Scottish Leaving Certificate Examination, 1951
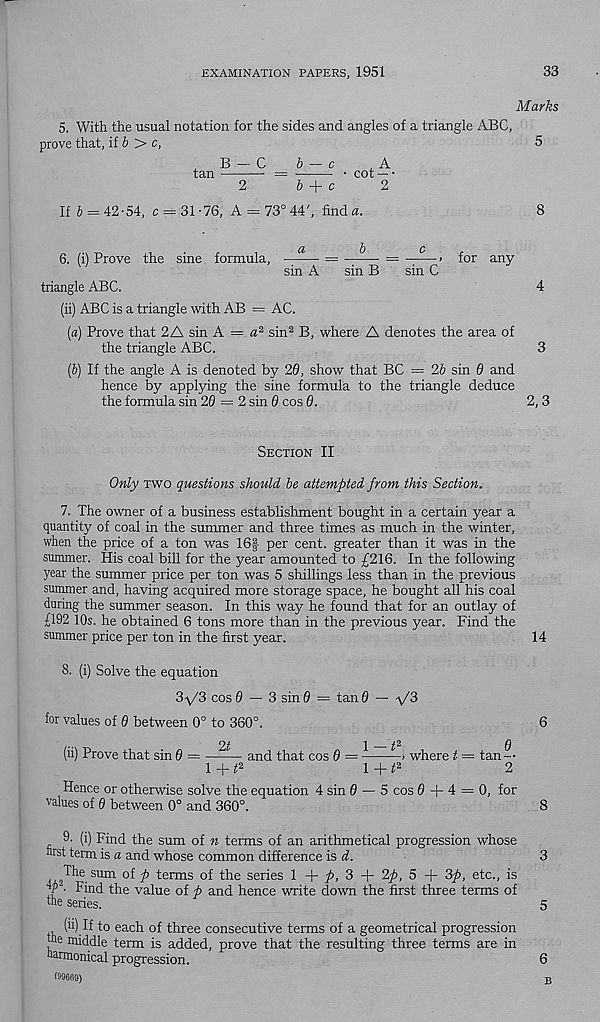
EXAMINATION PAPERS, 1951
33
Marks
5. With the usual notation for the sides and angles of a triangle ABC,
prove that, if 6 > c,
5
B - C
5 - c
A
tan
=
• cot — •
2
6
c
2
If J = 42-54, c =j= 31 -76, A = 73° 44', finda.
8
6. (i) Prove the sine formula, —-— = —-— = —— > for any
sin A
sin B
sin C
triangle ABC.
4
(ii) ABC is a triangle with AB = AC.
(a) Prove that 2A sin A = a 2 sin 2 B, where A denotes the area of
the triangle ABC.
3
(&) If the angle A is denoted by 20, show that BC = 2b sin 0 and
hence by applying the sine formula to the triangle deduce
the formula sin 20 = 2 sin 0 cos 0.
2, 3
Section II
Only two questions should be attempted from this Section.
7. The owner of a business establishment bought in a certain year a
quantity of coal in the summer and three times as much in the winter,
when the price of a ton was 16§ per cent, greater than it was in the
summer. His coal bill for the year amounted to £216. In the following
year the summer price per ton was 5 shillings less than in the previous
summer and, having acquired more storage space, he bought all his coal
during the summer season. In this way he found that for an outlay of
£192 10s. he obtained 6 tons more than in the previous year. Find the
summer price per ton in the first year.
14
8. (i) Solve the equation
3^/3 cos 0 — 3 sin 0 = tan 0 — -\/3
for values of 0 between 0° to 360°.
6
2t
\ ^2
Q
(ii) Prove that sin 0 =
and that cos 6 =
> where t = tan--
1 + i! 2
1 + i! 2
2
Hence or otherwise solve the equation 4 sin 0 — 5 cos 0 + 4 = 0, for
values of 0 between 0° and 360°.
8
9. (i) Find the sum of n terms of an arithmetical progression whose
first term is a and whose common difference is +
3
^The sum of p terms of the series 1 + £>, 3 + 2p, 5 + 3p, etc., is
j ■ Find the value of p and hence write down the first three terms of
tfie series.
5
(ii) If to each of three consecutive terms of a geometrical progression
fie middle term is added, prove that the resulting three terms are in
fiarmonical progression.
6